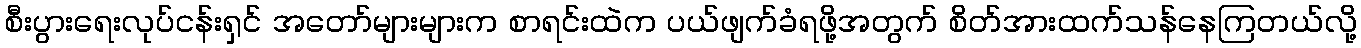
စီးပွားရေးလုပ်ငန်းရှင် အတော်များများက စာရင်းထဲက ပယ်ဖျက်ခံရဖို့အတွက် စိတ်အားထက်သန်နေကြတယ်လို့